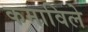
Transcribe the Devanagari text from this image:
कमाविले